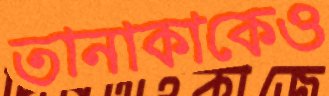
তানাকাকেও